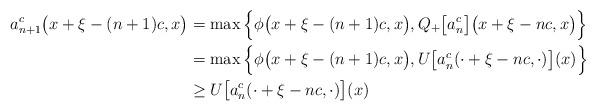
LaTeX: \begin{align*}a_{n+1}^{c}\big(x+\xi-(n+1)c,x\big)&=\max\Big\{\phi\big(x+\xi-(n+1)c,x\big), Q_+\big[a_n^{c}\big]\big(x+\xi-nc,x\big)\Big\}\\&=\max\Big\{\phi\big(x+\xi-(n+1)c,x\big), U\big[a_n^{c}(\cdot+\xi-nc, \cdot)\big](x)\Big\}\\&\geq U\big[a_n^{c}(\cdot+\xi-nc, \cdot)\big](x)\end{align*}